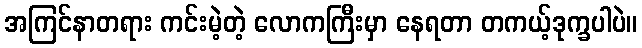
အကြင်နာတရား ကင်းမဲ့တဲ့ လောကကြီးမှာ နေရတာ တကယ့်ဒုက္ခပါပဲ။